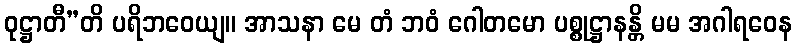
ဝုဋ္ဌာတီ”တိ ပရိဘဝေယျ။ အာသနာ မေ တံ ဘဝံ ဂေါတမော ပစ္စုဋ္ဌာနန္တိ မမ အဂါရဝေန